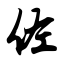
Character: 佐